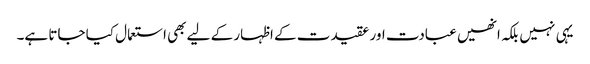
یہی نہیں بلکہ انھیں عبادت اور عقیدت کے اظہار کے لیے بھی استعمال کیا جاتا ہے۔